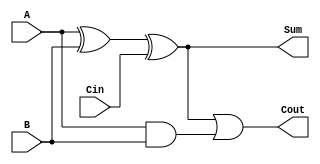
`timescale 1ns / 1ps
//////////////////////////////////////////////////////////////////////////////////
// Company: 
// Engineer: 
// 
// Design Name: 
// Module Name: fulladder
// Project Name: 
// Target Devices: 
// Tool Versions: 
// Description: 
// 
// Dependencies: 
// 
// Revision:
// Revision 0.01 - File Created
// Additional Comments:
// 
//////////////////////////////////////////////////////////////////////////////////


module fulladder(
    input A,
    input B,
    input Cin,
    output Sum,
    output Cout
    );
 
wire w1, w2 , w3;

assign w1 = A^B;
assign Sum  = w1^Cin;
assign w2 = w1^Cin;
assign w3 = A&B;
assign Cout = w2|w3;
    
endmodule